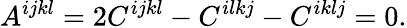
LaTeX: A^{ijkl}=2C^{ijkl}-C^{ilkj}-C^{iklj}=0.